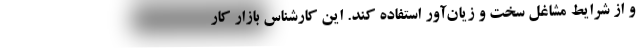
و از شرایط مشاغل سخت و زیان‌آور استفاده کند. این کارشناس بازار کار